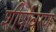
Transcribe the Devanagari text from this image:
शीर्षावरण